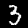
Label: 3